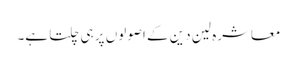
معاشرہ لین دین کے اصولوں پر ہی چلتا ہے۔